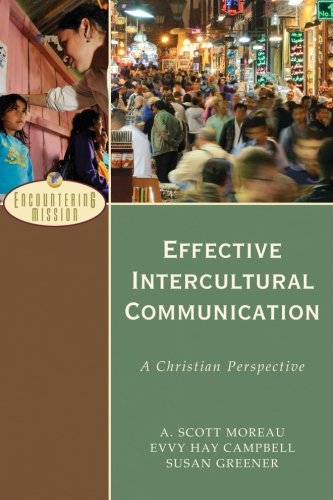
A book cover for Effective Intercultural Communication: A Christian Perspective (Encountering Mission); A. Scott Moreau; Christian Books & Bibles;